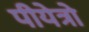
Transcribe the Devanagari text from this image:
पीयेत्रो